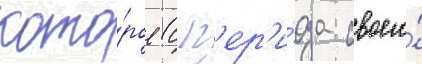
кото́рое с п'ер'и́ода своего́